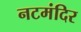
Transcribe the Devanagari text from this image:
नटमंदिर